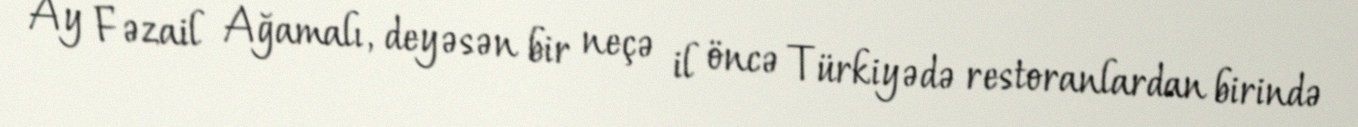
Ay Fəzail Ağamalı, deyəsən bir neçə il öncə Türkiyədə restoranlardan birində